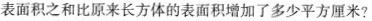
表面积之和比原来长方体的表面积增加了多少平方厘米?